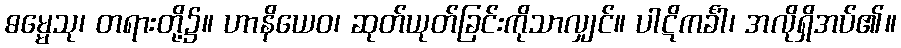
ဓမ္မေသု၊ တရားတို့၌။ ဟာနိယေဝ၊ ဆုတ်ယုတ်ခြင်းကိုသာလျှင်။ ပါဋိကင်္ခါ၊ အလိုရှိအပ်၏။